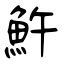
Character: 𩵱